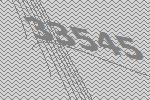
33545